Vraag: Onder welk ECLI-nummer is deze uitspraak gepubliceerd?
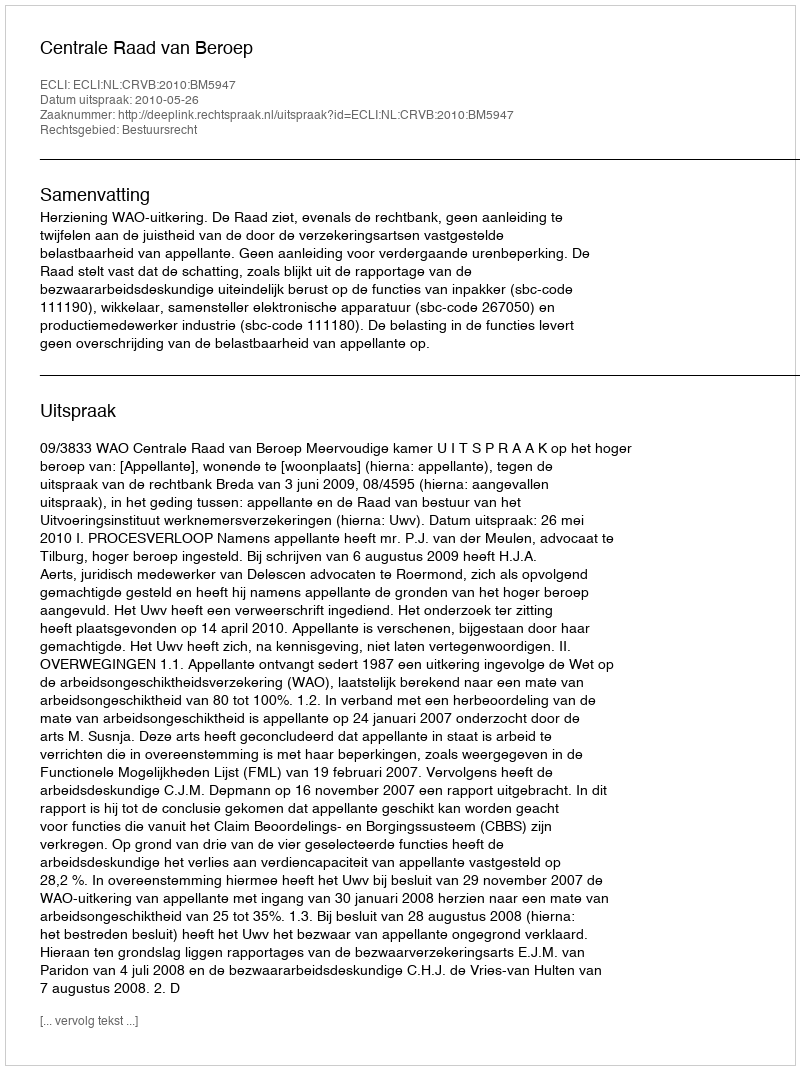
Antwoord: ECLI:NL:CRVB:2010:BM5947